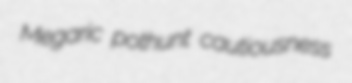
Megaric pothunt cautiousness